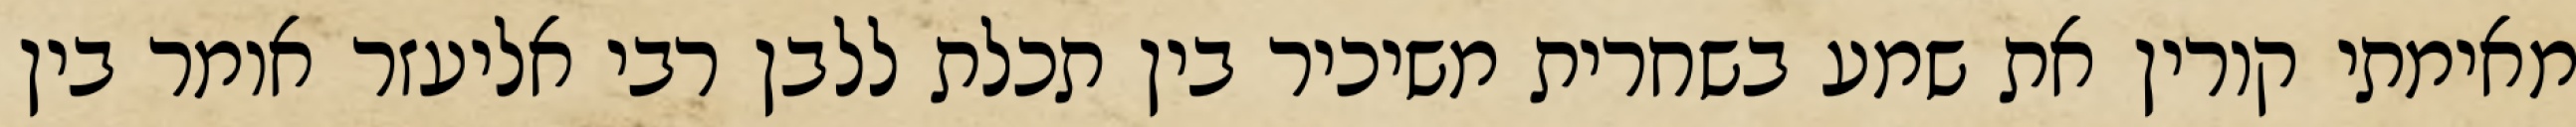
מאימתי קורין את שמע בשחרית משיכיר בין תכלת ללבן רבי אליעזר אומר בין